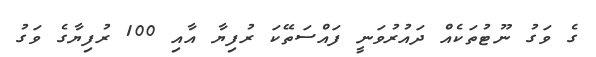
ގެ ވަގު ނޫޓުތަކެއް ދައުރުވަނީ ފައްސަތޭކަ ރުފިޔާ އާއި 100 ރުފިޔާގެ ވަގު